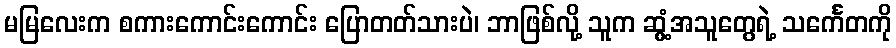
မမြလေးက စကားကောင်းကောင်း ပြောတတ်သားပဲ၊ ဘာဖြစ်လို့ သူက ဆွံ့အသူတွေရဲ့ သင်္ကေတကို